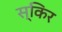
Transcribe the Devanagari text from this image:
स्किर